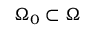
\Omega _ { 0 } \subset \Omega